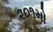
૨૦૧મો